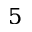
5